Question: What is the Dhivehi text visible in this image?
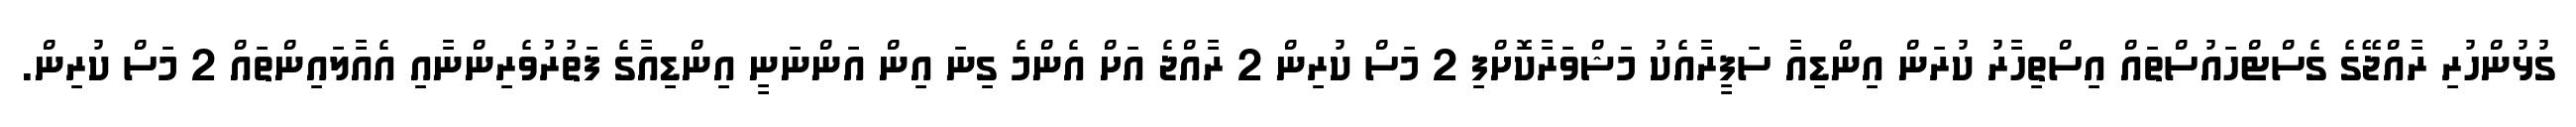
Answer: ގުޅުންހުރި ރާއްޖޭގެ ގެސްޓްހައުސްތައް އިސްތިހާރު ކުރަން އިންޑިއާ ސަފީރާއެކު މަޝްވަރާކޮށްފި 2 މަސް ކުރިން 2 ރާއްޖެ އަށް އެންމެ ގިނަ އިން އަންނަނީ އިންޑިއާގެ ފަތުރުވެރިންނާއި އެއާލައިންތައް 2 މަސް ކުރިން.